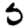
Digit: 5